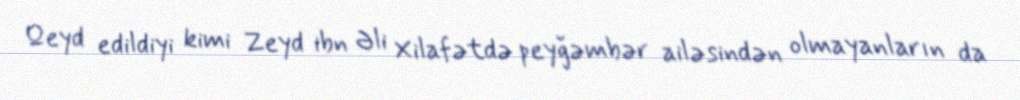
Qeyd edildiyi kimi Zeyd ibn Əli Xilafətdə peyğəmbər ailəsindən olmayanların da